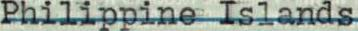
Philippine Islands